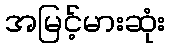
အမြင့်မားဆုံး